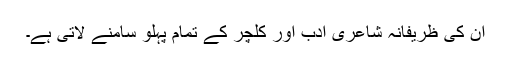
ان کی ظریفانہ شاعری ادب اور کلچر کے تمام پہلو سامنے لاتی ہے۔